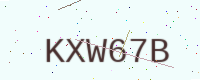
Text: KXW67B